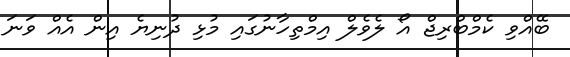
ބޭއްވި ކެމްބްރިޖް އޯ ލެވެލް އިމްތިހާނުގައި މުޅި ދުނިޔެ އިން އެއް ވަނަ